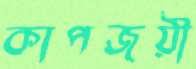
কাপজয়ী